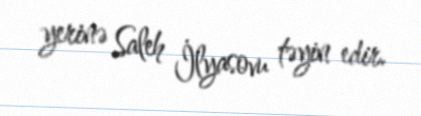
yerinə Saleh İlyasovu təyin edir.